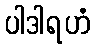
ပါဒါရဟံ